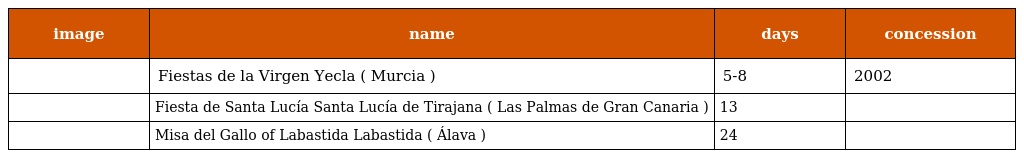
| image | name | days | concession |
 | --- | --- | --- | --- |
 |  | Fiestas de la Virgen Yecla ( Murcia ) | 5-8 | 2002 |
 |  | Fiesta de Santa Lucía Santa Lucía de Tirajana ( Las Palmas de Gran Canaria ) | 13 |  |
 |  | Misa del Gallo of Labastida Labastida ( Álava ) | 24 |  |